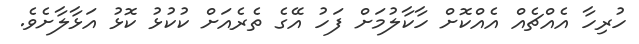
ހުރިހާ އެއްޗެއް އެއްކޮށް ހާކާލުމަށް ފަހު އޭގެ ތެރެއަށް ކުކުޅު ކޮޅު އަޅާލާށެވެ.